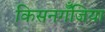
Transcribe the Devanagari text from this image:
किसनगॅँजिया